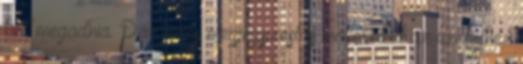
kell megadnia. Pár soros megjegyzést is mellékelhet az üzenethez